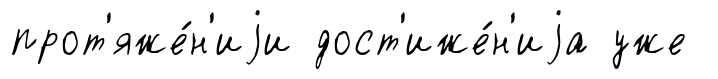
прот'яже́н'иjи дост'иже́н'иjа уже